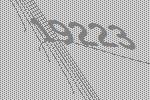
19223